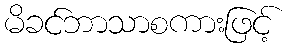
မိခင်ဘာသာစကားဖြင့်